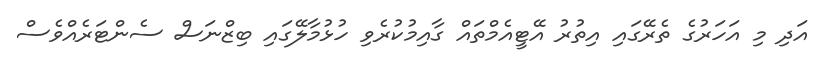
އަދި މި އަހަރުގެ ތެރޭގައި އިތުރު އޭޓީއެމްތައް ގާއިމުކުރެވި ހުޅުމާލޭގައި ބިޒްނަސް ސެންޓަރެއްވެސް